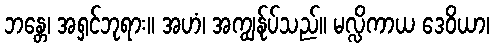
ဘန္တေ၊ အရှင်ဘုရား။ အဟံ၊ အကျွန်ုပ်သည်။ မလ္လိကာယ ဒေဝိယာ၊